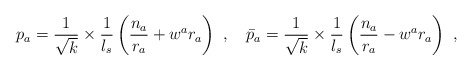
\begin{align*}p_a = \frac{1}{\sqrt{k}}\times\frac{1}{l_s}\left(\frac{n_a}{r_a}+w^ar_a\right) ~,~~~\bar{p}_a = \frac{1}{\sqrt{k}}\times\frac{1}{l_s}\left(\frac{n_a}{r_a}-w^ar_a\right) ~,\end{align*}